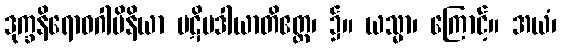
ဒုက္ခနိရောဓဂါမိနိယာ ပဋိပဒါယာတိဧတ္ထ၊ ၌။ ယသ္မာ၊ ကြောင့်။ အယံ၊